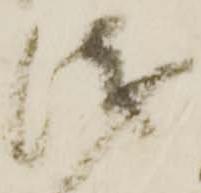
浅